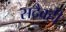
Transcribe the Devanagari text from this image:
सदैवही